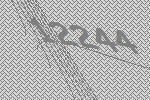
12244